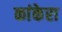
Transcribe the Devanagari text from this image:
कांकेरा